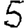
Digit: 5